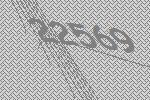
22569